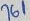
Text: 761